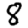
Digit: 8